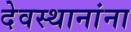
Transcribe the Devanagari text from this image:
देवस्थानांना